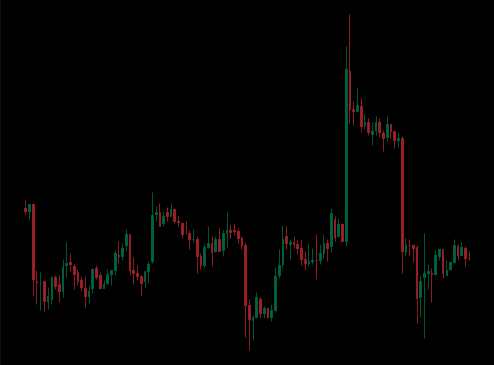
Pattern: unclassified